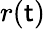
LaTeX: r(\mathsf{t})